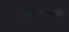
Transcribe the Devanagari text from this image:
झालेल्यांचाहि